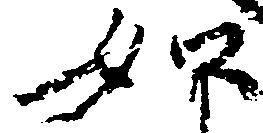
如